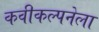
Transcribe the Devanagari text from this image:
कवीकल्पनेला